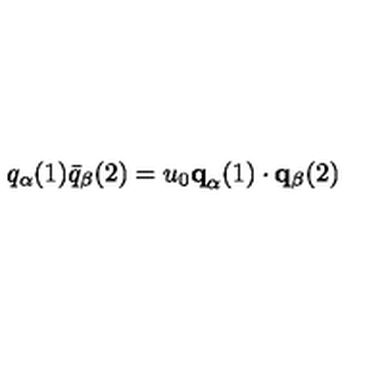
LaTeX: q _ { \alpha } ( 1 ) \bar { q } _ { \beta } ( 2 ) = u _ { 0 } { \bf q } _ { \alpha } ( 1 ) \cdot { \bf q } _ { \beta } ( 2 )